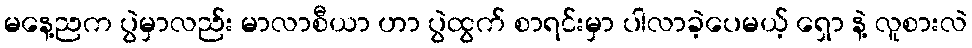
မနေ့ညက ပွဲမှာလည်း မာလာစီယာ ဟာ ပွဲထွက် စာရင်းမှာ ပါလာခဲ့ပေမယ့် ရှော နဲ့ လူစားလဲ